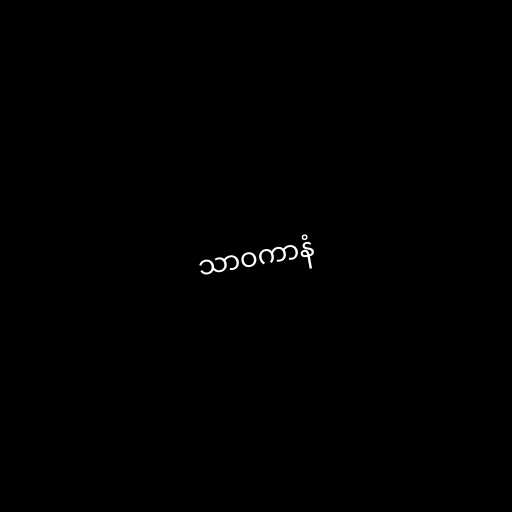
သာဝကာနံ